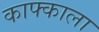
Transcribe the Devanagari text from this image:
काफ्काला